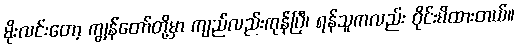
မိုးလင်းတော့ ကျွန်တော်တို့မှာ ကျည်လည်းကုန်ပြီ၊ ရန်သူကလည်း ဝိုင်းမိထားတယ်။